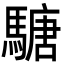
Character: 𩥁